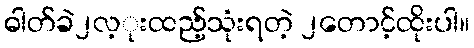
ဓါတ်ခဲ၂လ့ုးထည့်သုံးရတဲ့ ၂တောင့်ထိုးပါ။